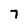
Character: 7